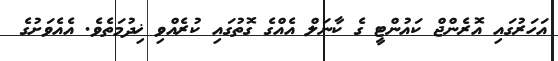
އަހަރުގައި އޮރެންޖް ކައުންޓީ ގެ ކާނަލް އެއްގެ ގޮތުގައި ކުރެއްވި ޚިދުމަތެވެ. އެއެވަށުގެ